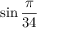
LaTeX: \sin { \frac { \pi } { 3 4 } }